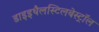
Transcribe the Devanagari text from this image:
डाइइथैलस्टिलबेस्ट्रॉल